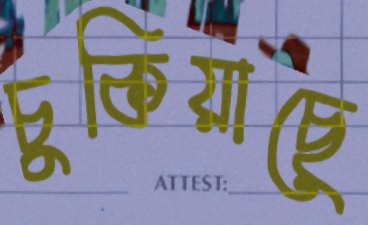
চুকিয়াছে